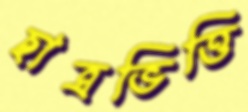
ছাত্রভিত্তি